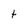
Character: t